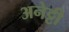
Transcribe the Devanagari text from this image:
अनेट्टी